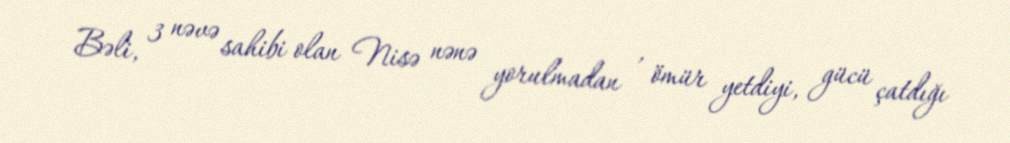
Bəli, 3 nəvə sahibi olan Nisə nənə yorulmadan , ömür yetdiyi, gücü çatdığı